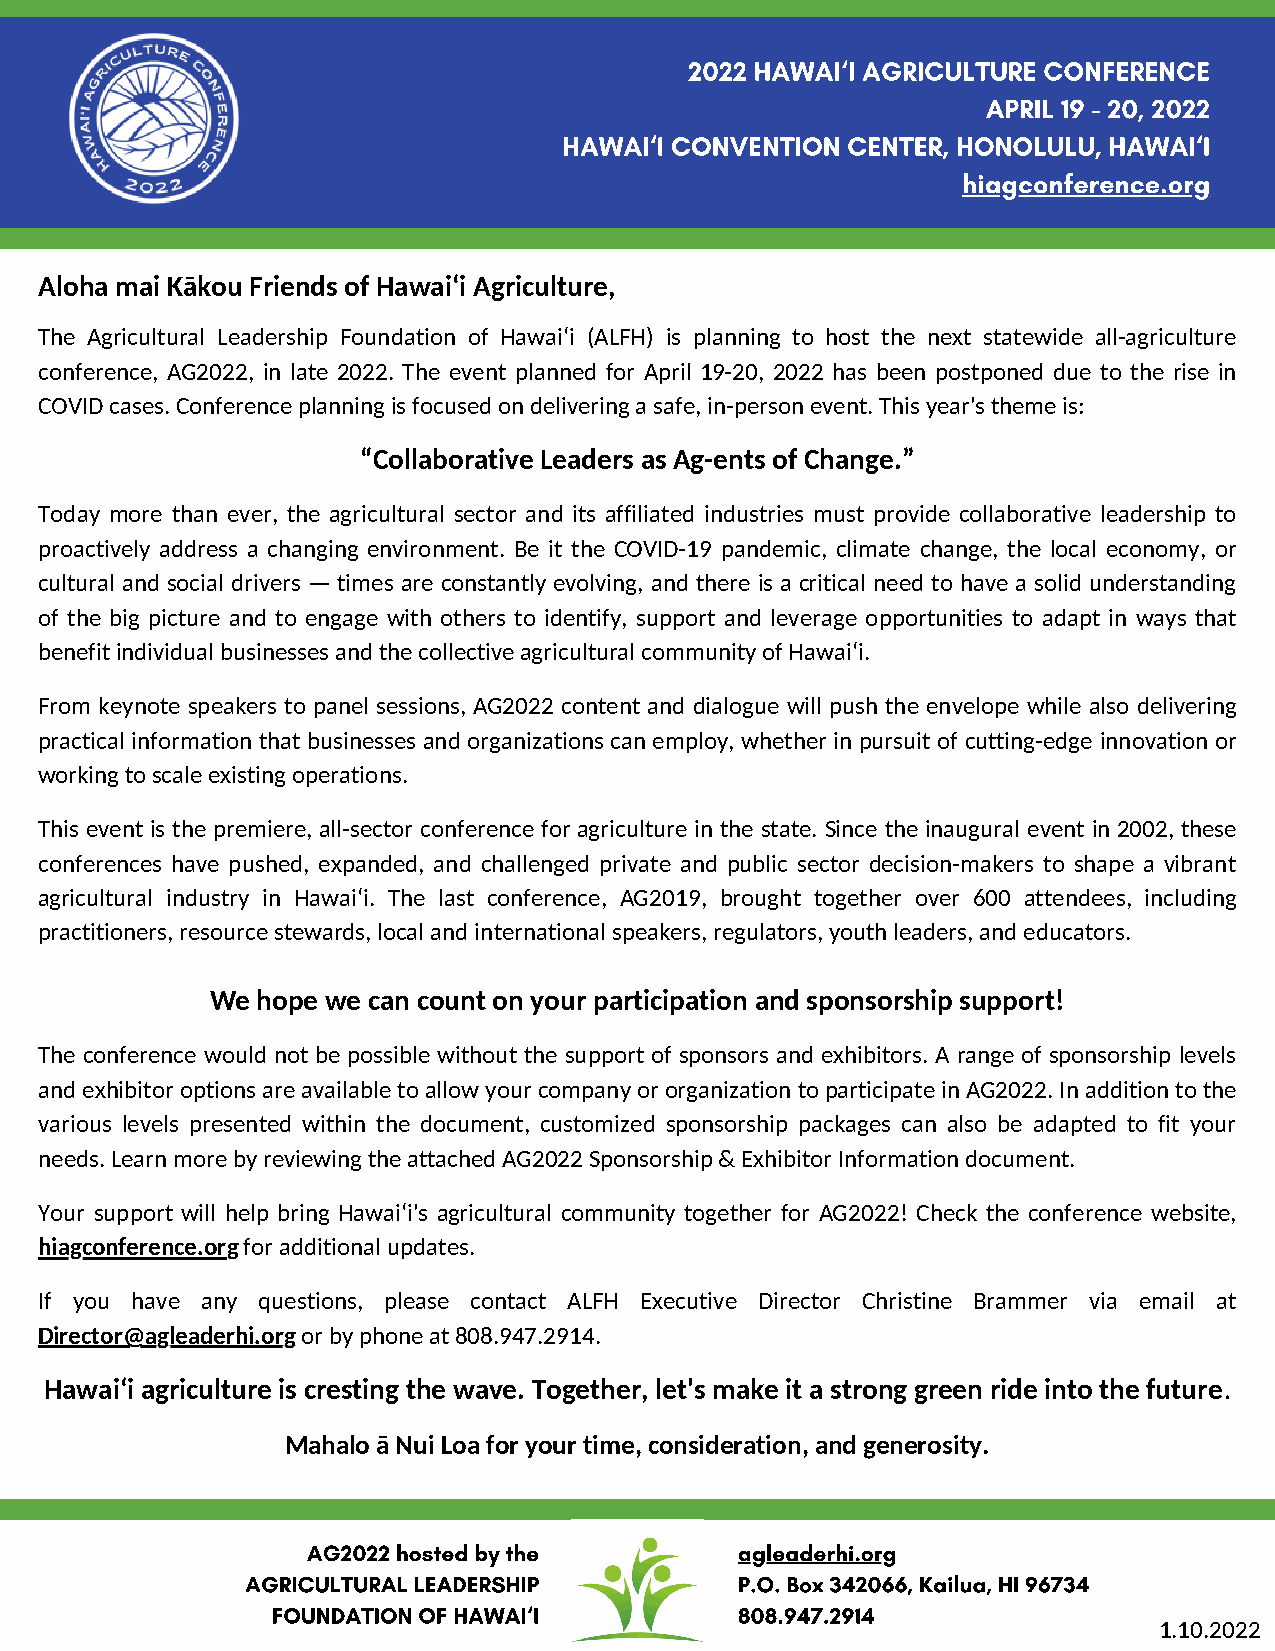
2022 HAWAI‘I AGRICULTURE CONFERENCE
 APRIL 19 - 20, 2022
 HAWAI‘I CONVENTION CENTER, HONOLULU, HAWAI‘I
 hiagconference.org
 Aloha mai Kākou Friends of Hawaiʻi Agriculture,
 The Agricultural Leadership Foundation of Hawai‘i (ALFH) is planning to host the next statewide all-agriculture
 conference, AG2022, in late 2022. The event planned for April 19-20, 2022 has been postponed due to the rise in
 COVID cases. Conference planning is focused on delivering a safe, in-person event. This year's theme is:
 “Collaborative Leaders as Ag-ents of Change.”
 Today more than ever, the agricultural sector and its affiliated industries must provide collaborative leadership to
 proactively address a changing environment. Be it the COVID-19 pandemic, climate change, the local economy, or
 cultural and social drivers — times are constantly evolving, and there is a critical need to have a solid understanding
 of the big picture and to engage with others to identify, support and leverage opportunities to adapt in ways that
 benefit individual businesses and the collective agricultural community of Hawai‘i.
 From keynote speakers to panel sessions, AG2022 content and dialogue will push the envelope while also delivering
 practical information that businesses and organizations can employ, whether in pursuit of cutting-edge innovation or
 working to scale existing operations.
 This event is the premiere, all-sector conference for agriculture in the state. Since the inaugural event in 2002, these
 conferences have pushed, expanded, and challenged private and public sector decision-makers to shape a vibrant
 agricultural industry in Hawai‘i. The last conference, AG2019, brought together over 600 attendees, including
 practitioners, resource stewards, local and international speakers, regulators, youth leaders, and educators.
 We hope we can count on your participation and sponsorship support!
 The conference would not be possible without the support of sponsors and exhibitors. A range of sponsorship levels
 and exhibitor options are available to allow your company or organization to participate in AG2022. In addition to the
 various levels presented within the document, customized sponsorship packages can also be adapted to fit your
 needs. Learn more by reviewing the attached AG2022 Sponsorship & Exhibitor Information document.
 Your support will help bring Hawai‘i's agricultural community together for AG2022! Check the conference website,
 hiagconference.org for additional updates.
 If you have any questions, please contact ALFH Executive Director Christine Brammer via email at
 Director@agleaderhi.org or by phone at 808.947.2914.
 Hawai‘i agriculture is cresting the wave. Together, let's make it a strong green ride into the future.
 Mahalo ā Nui Loa for your time, consideration, and generosity.
 AG2022 hosted by the         agleaderhi.org
 AGRICULTURAL LEADERSHIP          P.O. Box 342066, Kailua, HI 96734
 FOUNDATION OF HAWAI‘I          808.947.2914
 1.10.2022